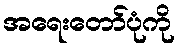
အရေးတော်ပုံကို